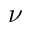
\nu